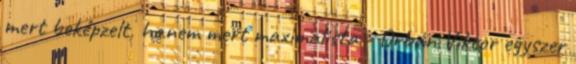
mert beképzelt, hanem mert maximalista - Orbán Viktor egyszer